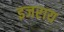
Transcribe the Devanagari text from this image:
इजराय